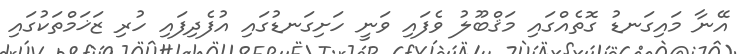
އޭނާ މައިގަނޑު ގޮތެއްގައި މަޤްބޫލު ވެފައި ވަނީ ހަށިގަނޑުގައި އުފެދިފައި ހުރި ޒަޚަމްތަކުގައި